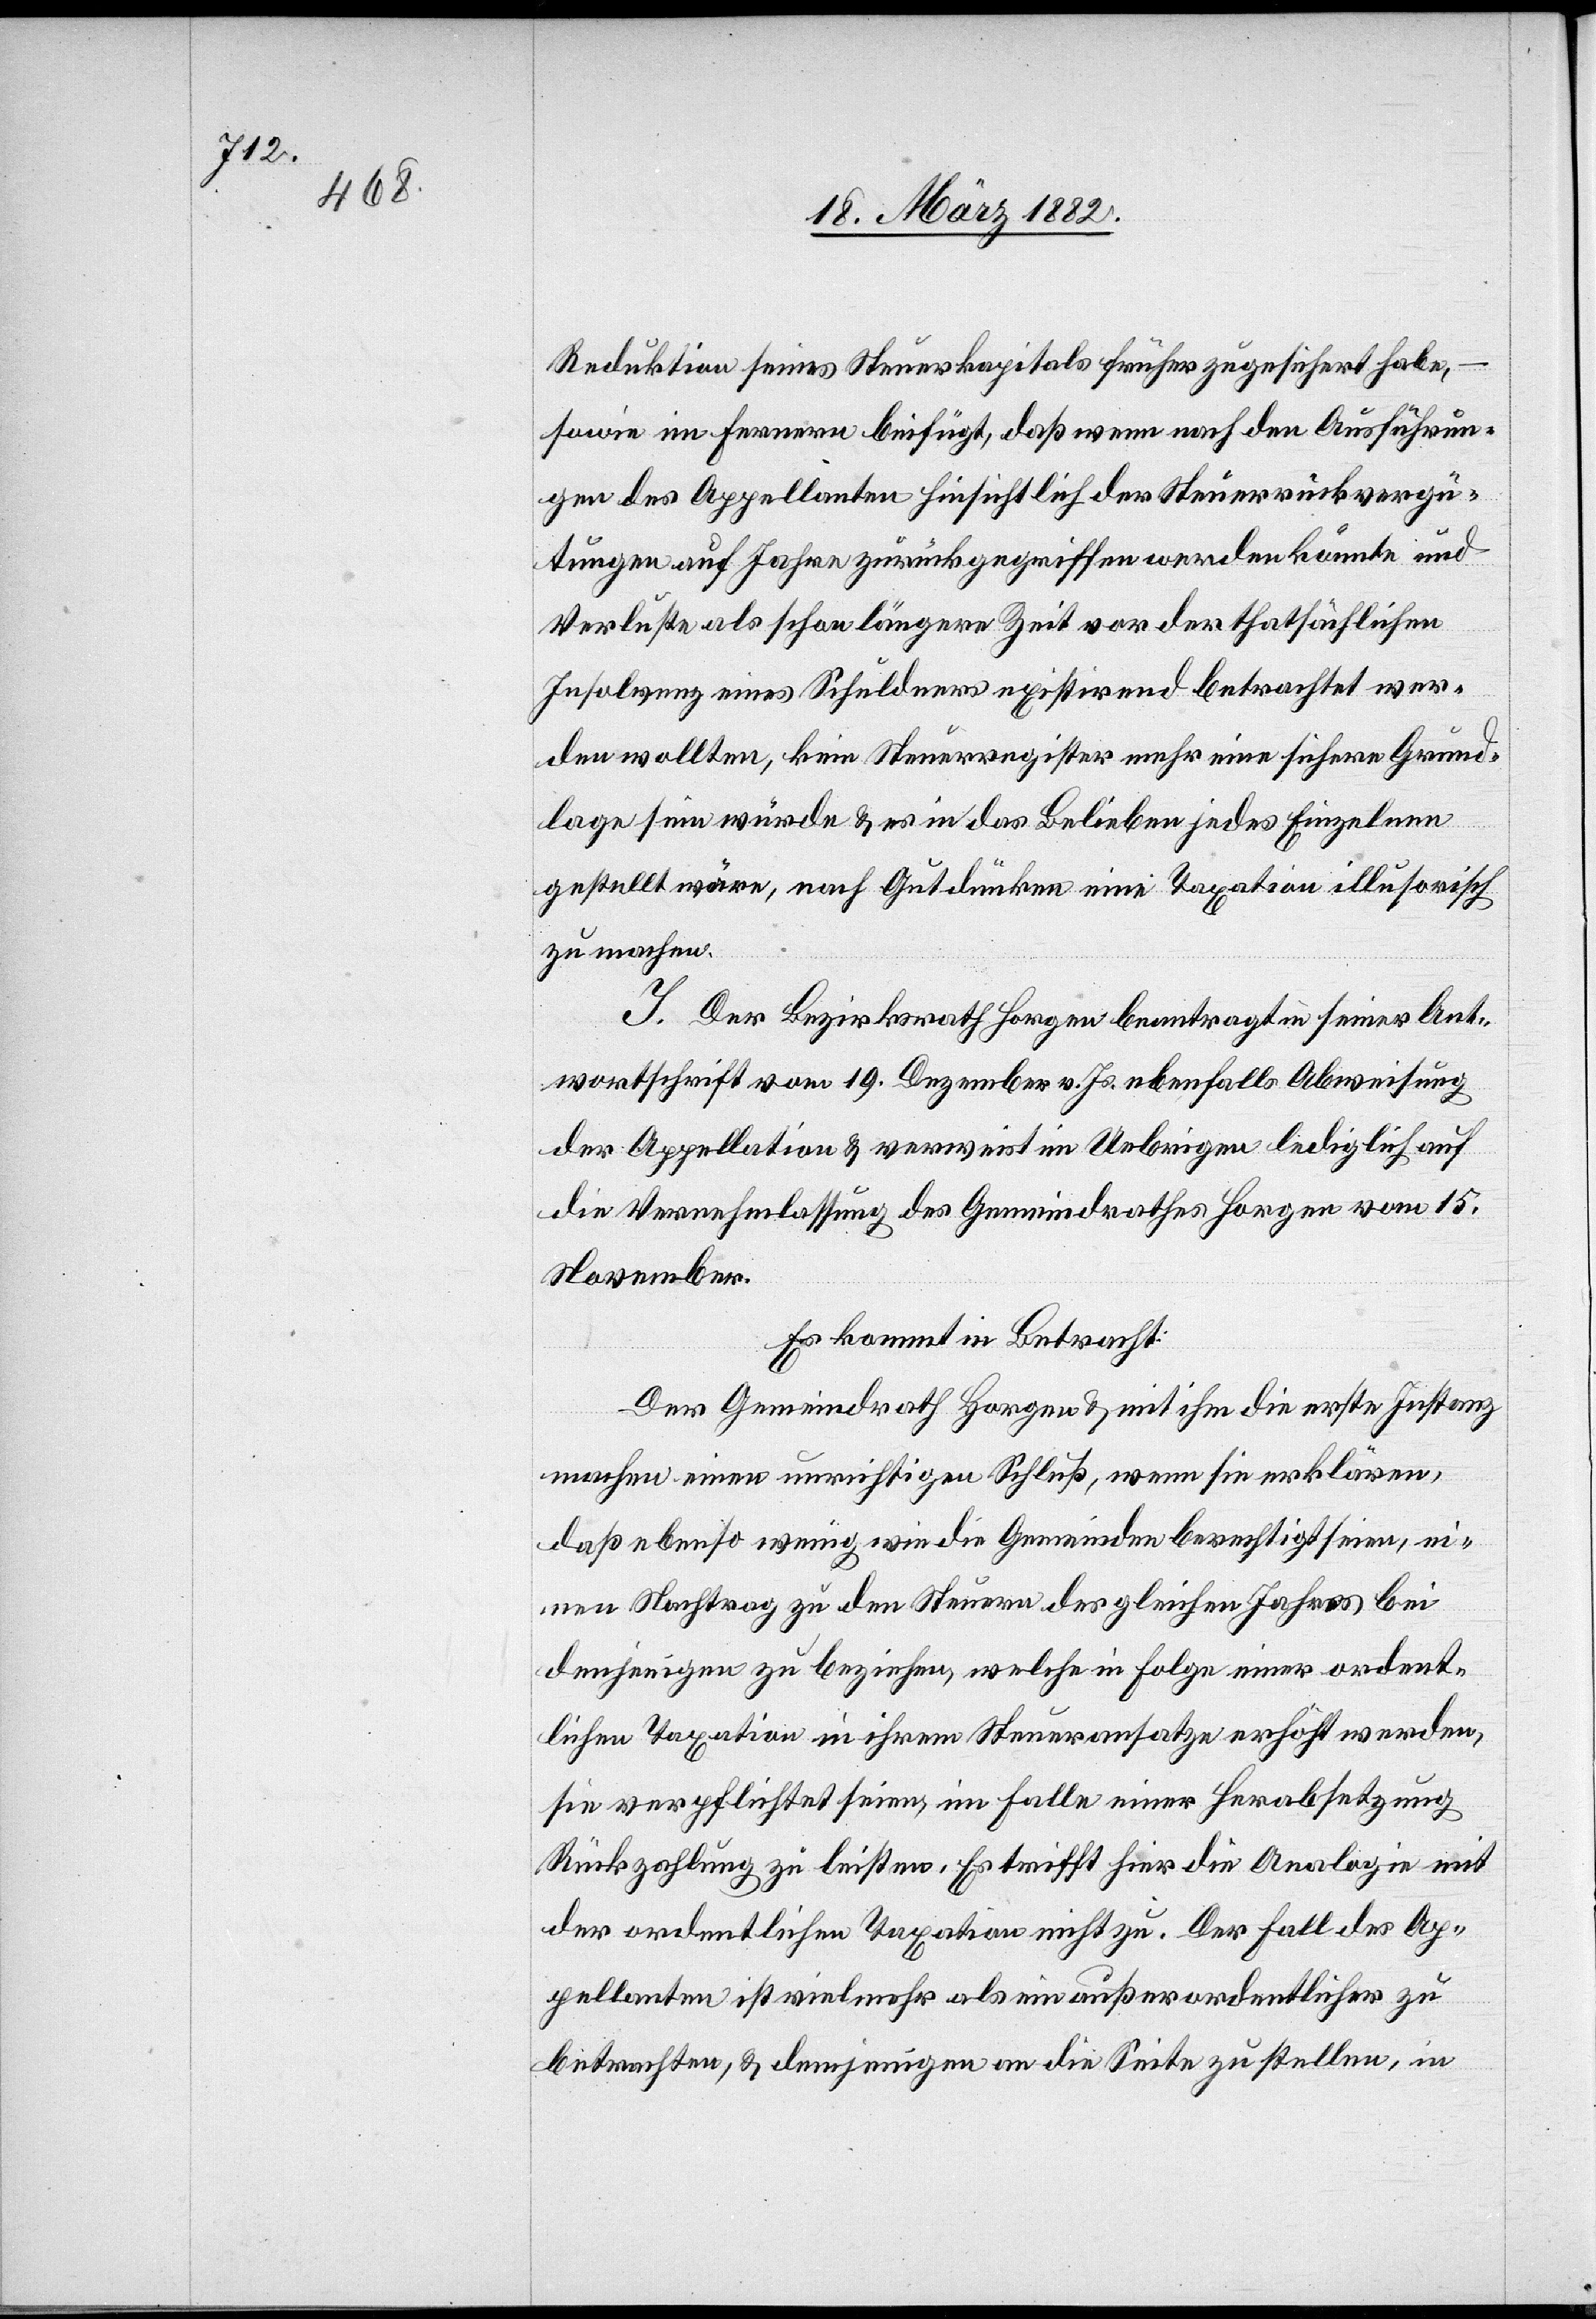
Reduktion seines Steuerkapitals früher zugesichert habe, –
sowie im ferneren beifügt, daß wenn nach den Ausführun¬
gen des Appellanten hinsichtlich der Steuerrückvergü¬
tungen auf Jahre zurückgegriffen werden könnte und
Verluste als schon längere Zeit vor der thatsächlichen
Insolvenz eines Schuldners existirend betrachtet wer¬
den wollten, kein Steuerregister mehr eine sichere Grund¬
lage sein würde & es in das Belieben jedes Einzelnen
gestellt wäre, nach Gutdünken eine Taxation illusorisch
zu machen.
J. Der Bezirksrath Horgen beantragte in seiner Ant¬
wortschrift vom 19. Dezember v. Js. ebenfalls Abweisung
der Appellation & verweist im Uebrigen lediglich auf
die Vernehmlassung des Gemeindrathes Horgen vom 15.
November.
Es kommt in Betracht:
Der Gemeindrath Horgen & mit ihm die erste Instanz
machen einen unrichtigen Schluß, wenn sie erklären,
daß ebenso wenig wie die Gemeinden berechtigt seien, ei¬
nen Nachtrag zu den Steuern des gleichen Jahres bei
denjenigen zu beziehen, welche in Folge einer ordent¬
lichen Taxation in ihrem Steueransatze erhöht werden,
sie verpflichtet seien, im Falle einer Herabsetzung
Rückzahlung zu leisten. Es trifft hier die Analogie mit
der ordentlichen Taxation nicht zu. Der Fall der Ap¬
pellanten ist vielmehr als ein außerordentlicher zu
betrachten, & demjenigen an die Seite zu stellen, in